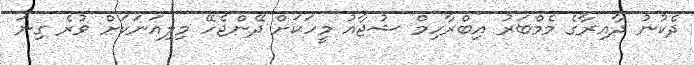
ދެކުނު ދާއިރާގެ މެމްބަރު އިބްރާހިމް ޝުޖާއު މީހަކަށް ދޭންޖެހޭ މިލިއަނަކަށް ވުރެ ގިނަ